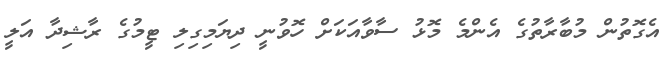
އެގޮތުން މުބާރާތުގެ އެންމެ މޮޅު ސާވާއަކަށް ހޮވުނީ ދިޔަމިގިލި ޓީމުގެ ރާޝިދާ އަލީ